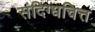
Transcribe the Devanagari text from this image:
संदिग्धचित्त